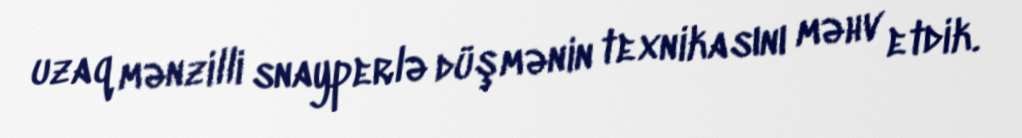
uzaq mənzilli snayperlə düşmənin texnikasını məhv etdik.